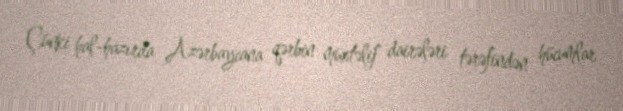
Çünki hal-hazırda Azərbaycana qərbin müxtəlif dairələri tərəfindən hücumlar